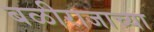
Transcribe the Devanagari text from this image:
बळीराजाच्या